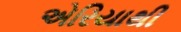
એરિયાથી